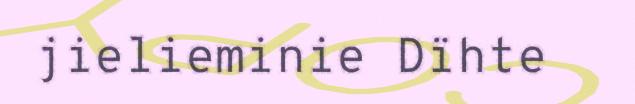
jielieminie Dïhte